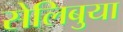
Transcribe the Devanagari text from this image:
सेलिबुया